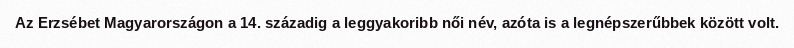
Az Erzsébet Magyarországon a 14. századig a leggyakoribb női név, azóta is a legnépszerűbbek között volt.